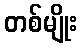
တစ်မျိုး